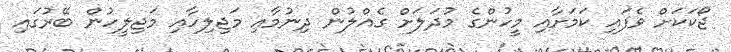
ޖޯކަކަށް ވެފައި ކަމަށާއި މީހުންގެ މުދަލަށް ގެއްލުން ދިނުމާއި މަޖިލިހާއި މަޖިލީހުން ބޭރުގައި